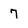
Character: 7